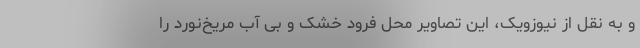
و به نقل از نیوزویک، این تصاویر محل فرود خشک و بی آب مریخ‌نورد را